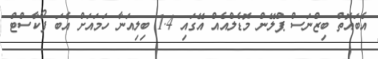
އެބައޮތް ބިޒްނަސް ޕްލޭން މޮޑެލްއެއް އޭގައި 1.4 ބިލިއަނާ ހަމައަށް އެބަ ފޯކާސްޓް